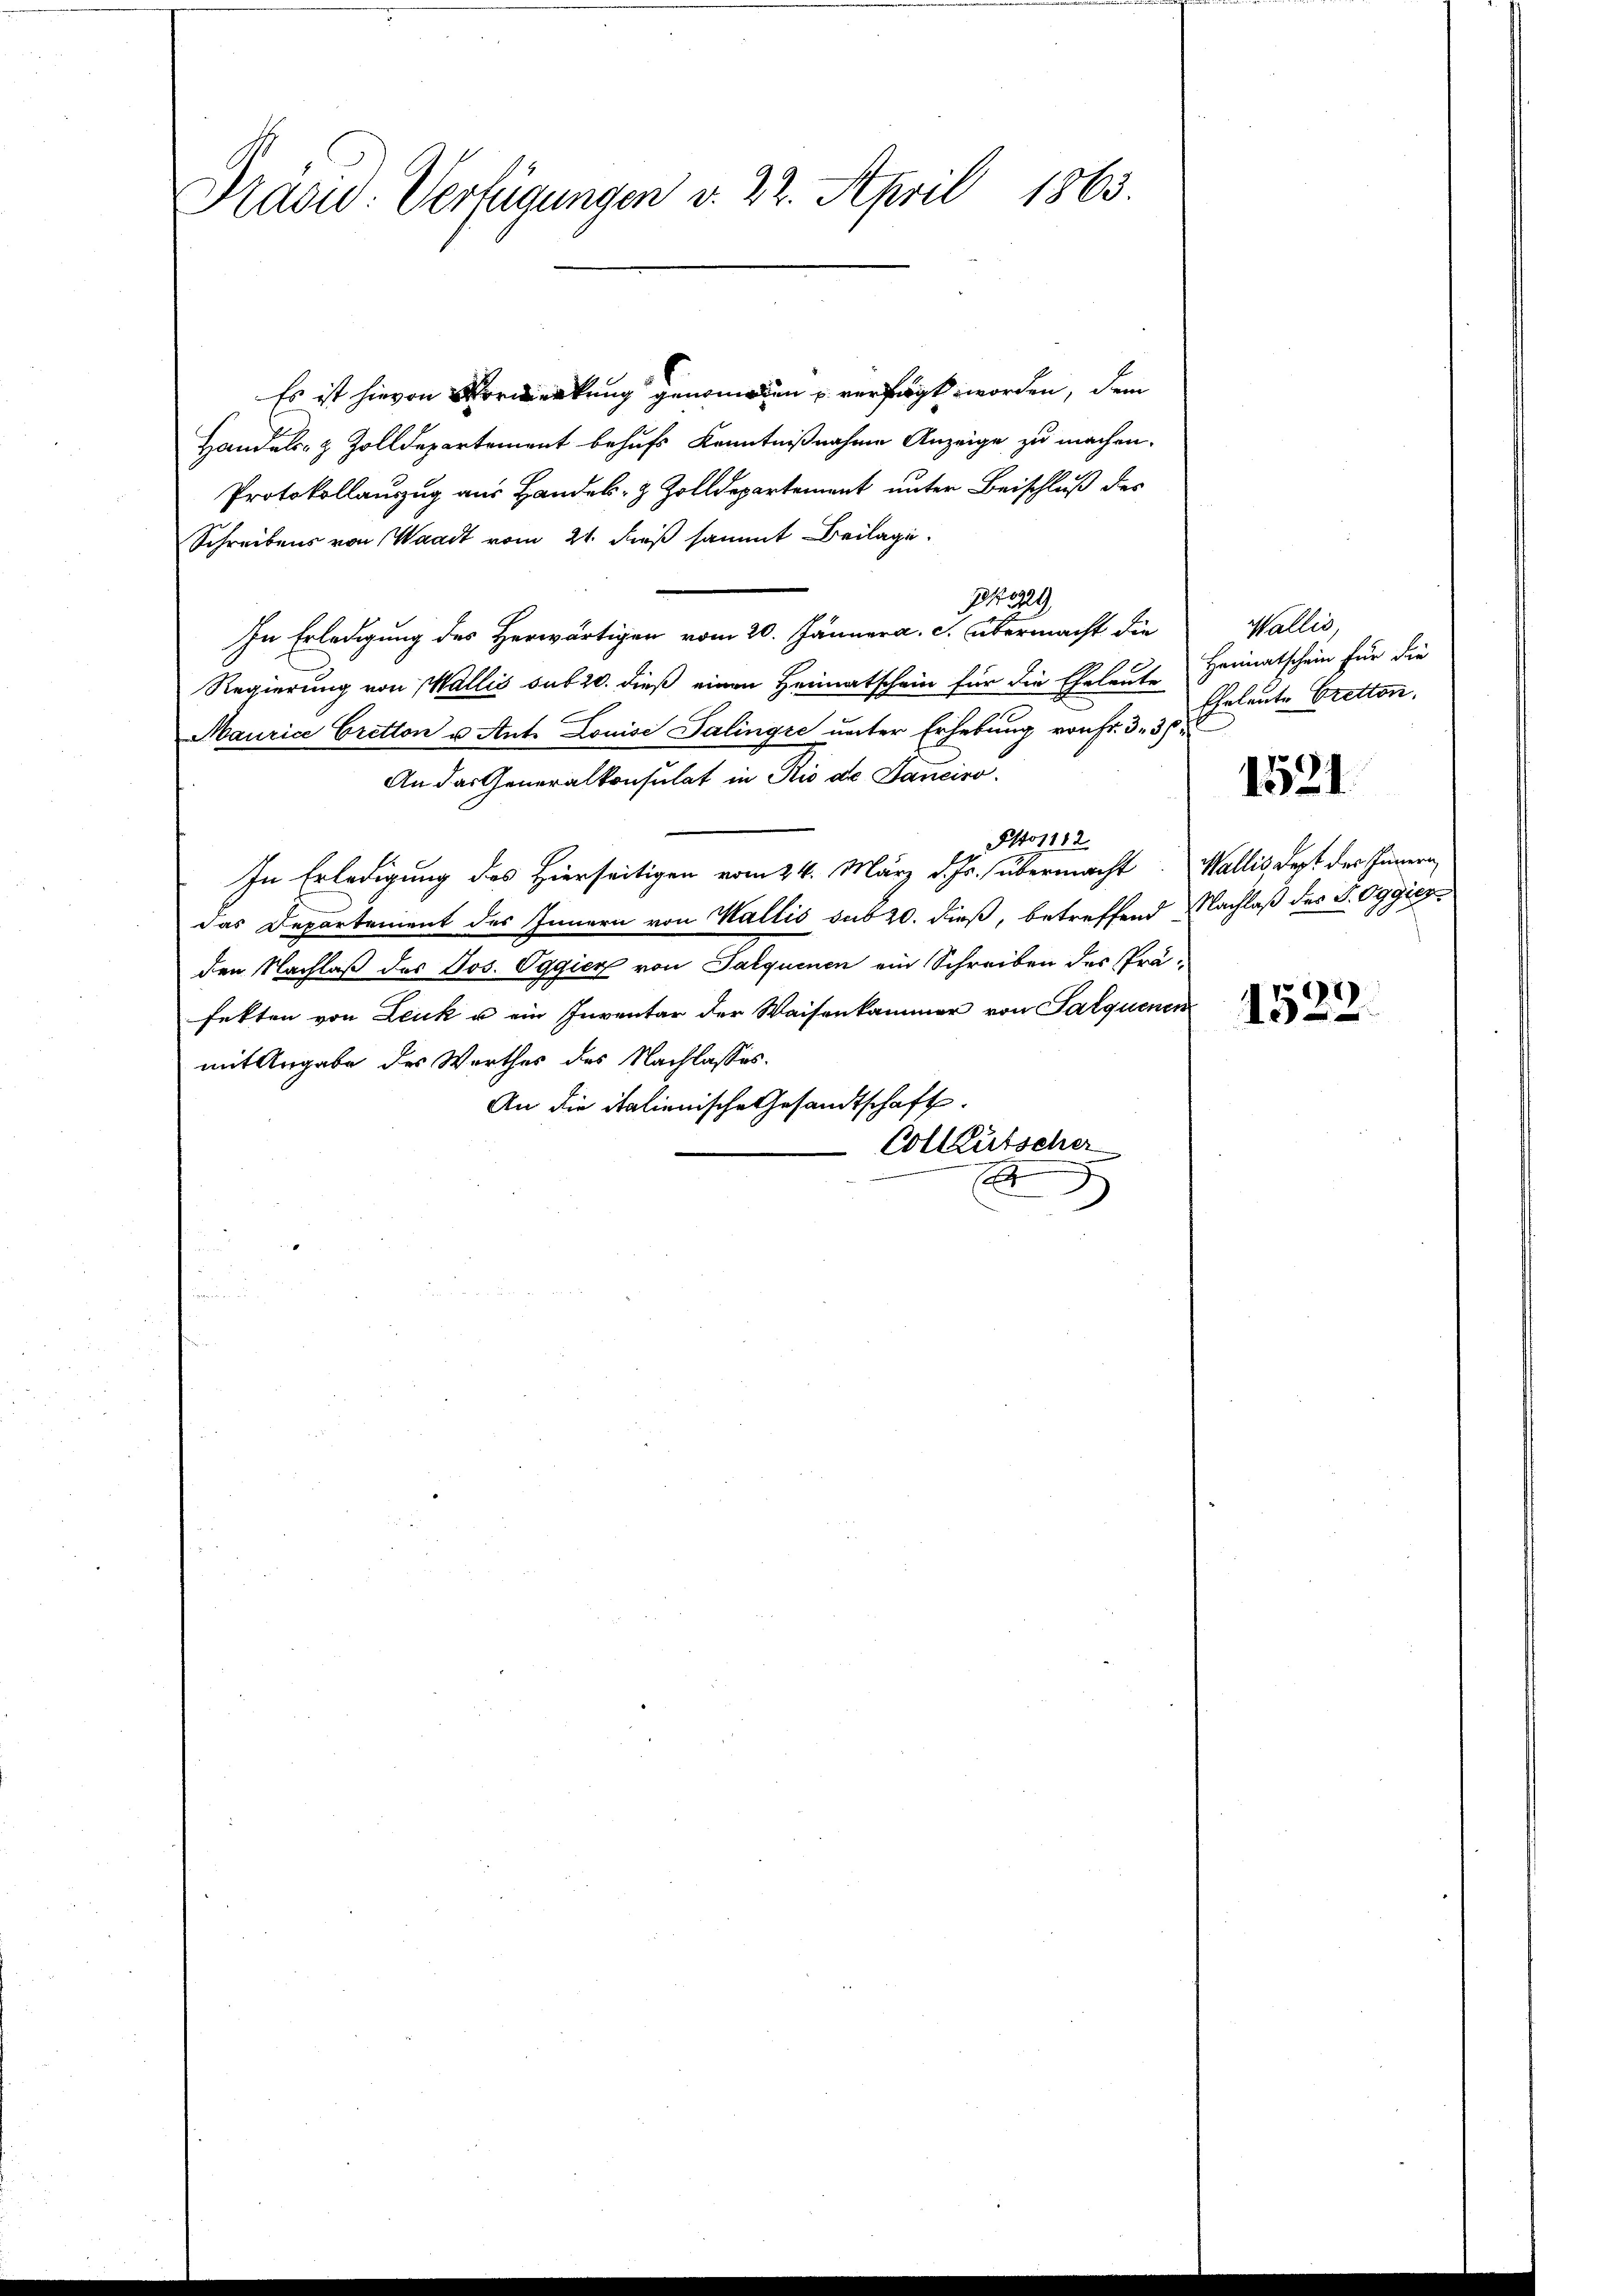
Präsid. Verfügungen v. 22. April 1863.

Es ist hievon Vormerkung genommenen u verfügt worden, dem
Handels- & Zolldepartement behufs Kenntnißnahme Anzeige zu machen.
Protokollauszug aus Handels- & Zolldepartement unter Beischluß des
Schreibens von Waadt vom 21. dieß sammt Beilage.
1229
In Erledigung des Herwärtigen vom 20. Jänner a. c. übermacht die
Regierung von Wallis sub 20. dieß einen Heimatschein für die Eheleute
Maurice Cretton u. Ant. Louise Salingte unter Erhebung von Fr. 3 3/
An das Generalkonsulat in Rio de Janeiro
Otto 112
In Erledigung des Hierseitigen vom 24. März d. Js. übermacht. Wallis dert des Innern
das Departement des Innern von Wallis sub 20. dieß, betreffend Nachlaß der S. Oggier
den Nachlaß des Jos. Oggier von Talquinen ein Schreiben des Präfekten von Leuk u ein Inventar der Waisenkammer von Salquenen
mit Angabe des Werthes des Nachlasses.
An die italienische Gesandtschaft.
Colleutscher
E

Wallis,
Heimatschein für die
Eheleute Bretton.

1521

1522.